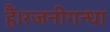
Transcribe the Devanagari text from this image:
हैं।रजनीगन्धा